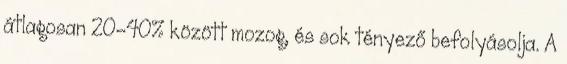
átlagosan 20-40% között mozog, és sok tényező befolyásolja. A